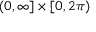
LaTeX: ( 0 , \infty ] \times [ 0 , 2 \pi )